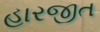
હારજીત